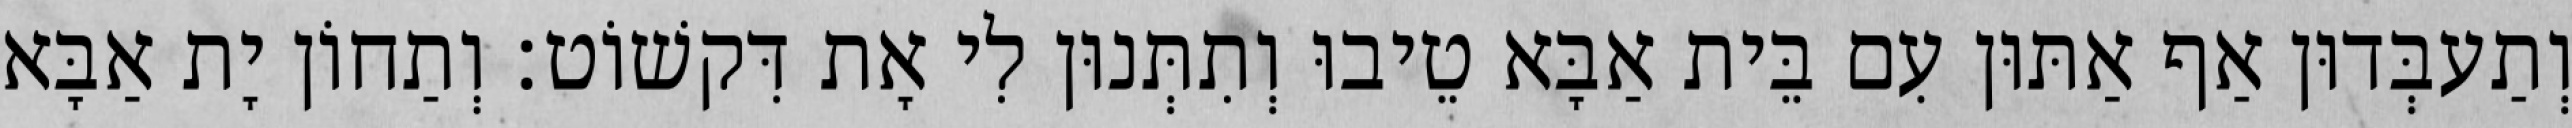
וְתַעבְּדוּן אַף אַתּוּן עִם בֵּית אַבָּא טֵיבוּ וְתִתְּנוּן לִי אָת דִּקשׁוֹט׃ וְתַחוֹן יָת אַבָּא